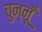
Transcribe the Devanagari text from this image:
चुन्नूँ